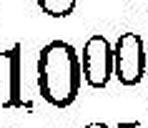
1000